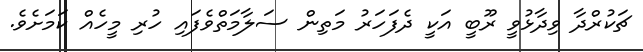
ޗަކުރްދާ ވިދާޅުވީ ރޫބީ އަކީ ދެފަހަރު މަތިން ސަލާމަތްވެފައި ހުރި މީހެއް ކަމަށެވެ.